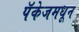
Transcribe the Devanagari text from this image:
पॅकेजमधून